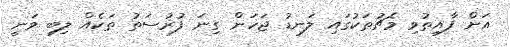
އަށް ފާއިތުވި މެޗުތަކުގައި ލަނޑު ޖަހަން ގިނަ ފުރުސަތު ތަކެއް ލިބި ވަނީ